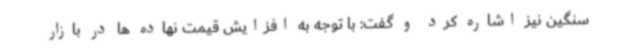
سنگین نیز اشاره کرد و گفت: با توجه به افزایش قیمت نهاده ها در بازار